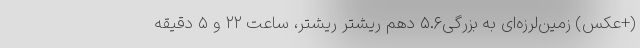
(+عکس) زمین‌لرزه‌ای به بزرگی۵.۶ دهم ریشتر ریشتر، ساعت ۲۲ و ۵ دقیقه